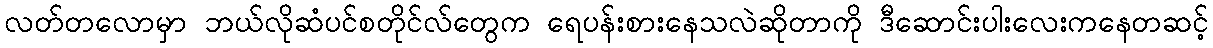
လတ်တလောမှာ ဘယ်လိုဆံပင်စတိုင်လ်တွေက ရေပန်းစားနေသလဲဆိုတာကို ဒီဆောင်းပါးလေးကနေတဆင့်